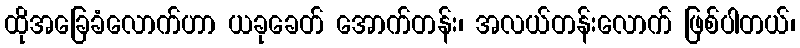
ထိုအခြေခံလောက်ဟာ ယခုခေတ် အောက်တန်း၊ အလယ်တန်းလောက် ဖြစ်ပါတယ်၊